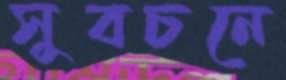
সুবচনে